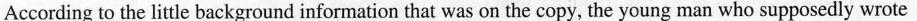
According to the little background information that was on the copy, the young man who supposedly wrote